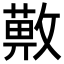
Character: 𢿯